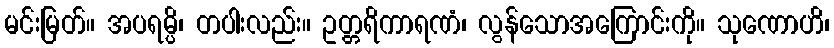
မင်းမြတ်။ အပရမ္ပိ၊ တပါးလည်း။ ဥတ္တရိကာရဏံ၊ လွန်သောအကြောင်းကို။ သုဏောဟိ၊